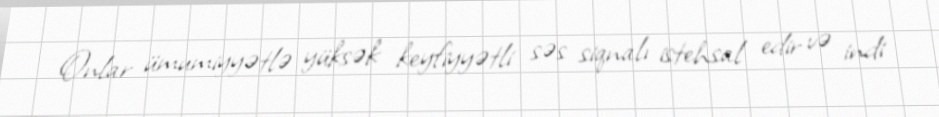
Onlar ümumiyyətlə yüksək keyfiyyətli səs siqnalı istehsal edir və indi